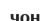
чон